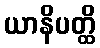
ယာနိပတ္ထိ